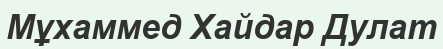
Мұхаммед Хайдар Дулат